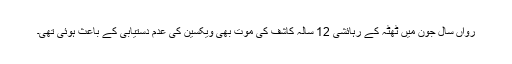
رواں سال جون میں ٹھٹہ کے رہائشی 12 سالہ کاشف کی موت بھی ویکسین کی عدم دستیابی کے باعث ہوئی تھی۔